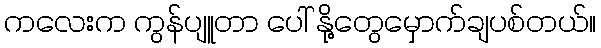
ကလေးက ကွန်ပျူတာ ပေါ် နို့တွေမှောက်ချပစ်တယ်။